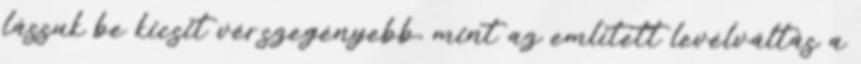
lássuk be kicsit vérszegényebb, mint az említett levélváltás a